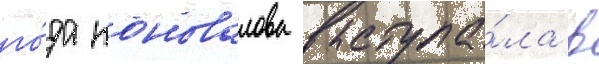
го́да коновалова выступа́ла в